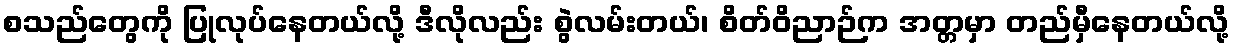
စသည်တွေကို ပြုလုပ်နေတယ်လို့ ဒီလိုလည်း စွဲလမ်းတယ်၊ စိတ်ဝိညာဉ်က အတ္တမှာ တည်မှီနေတယ်လို့